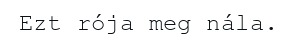
Ezt rója meg nála.